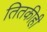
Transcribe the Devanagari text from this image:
तितकीही